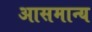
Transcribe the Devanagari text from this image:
आसमान्य